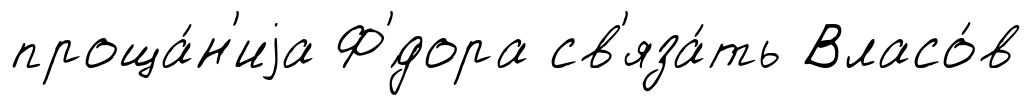
проща́н'иjа Ф'́дора св'яза́ть Власо́в